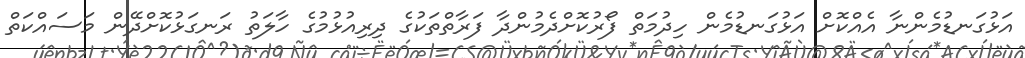
އަޅުގަނޑުމެންނާ އެއްކޮށް އަޅުގަނޑުމެން ހިދުމަތް ފޯރުކޮށްދެމުންދާ ފަރާތްތަކުގެ ދިރިއުޅުމުގެ ހާލަތު ރަނގަޅުކޮށްދޭން މަސައްކަތް